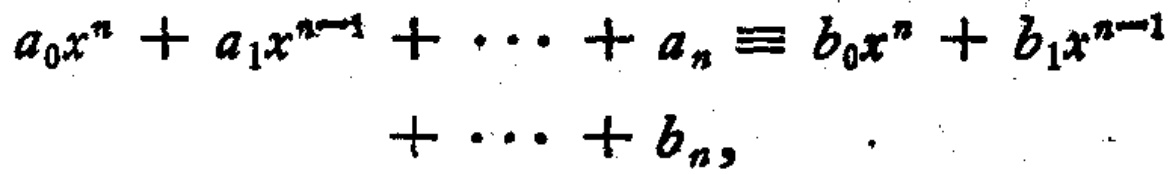
\(a_{0}x^{n}+a_{1}x^{n - 1}+\cdots+a_{n}\equiv b_{0}x^{n}+b_{1}x^{n - 1}+\cdots + b_{n}\)